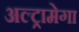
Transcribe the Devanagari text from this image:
अल्ट्रामेगा